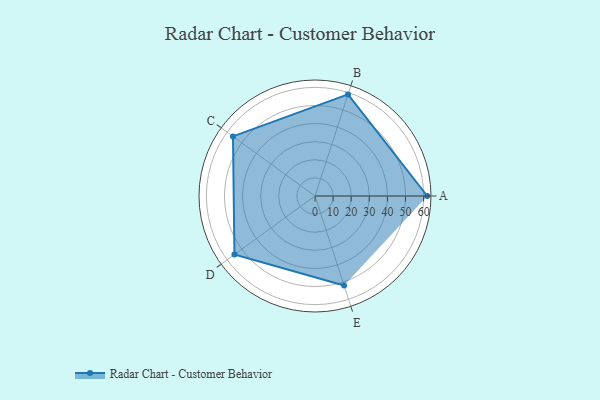
{"axis": {"x": "Skill", "y": "Score"}, "legend": ["Profile"], "data": [{"x": "A", "y": 62.0, "type": "Profile"}, {"x": "B", "y": 59.0, "type": "Profile"}, {"x": "C", "y": 56.0, "type": "Profile"}, {"x": "D", "y": 55.0, "type": "Profile"}, {"x": "E", "y": 52.0, "type": "Profile"}]}